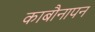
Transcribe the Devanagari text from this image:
काबौनापन